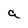
Character: a